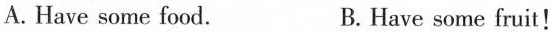
A. Have some food. B. Have some fruit!